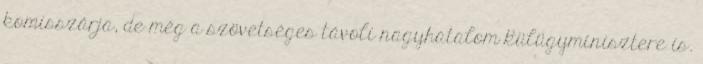
komisszárja, de még a szövetséges távoli nagyhatalom külügyminisztere is.